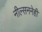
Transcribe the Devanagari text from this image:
नील्सननेही